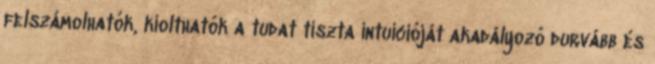
felszámolhatók, kiolthatók a tudat tiszta intuícióját akadályozó durvább és